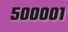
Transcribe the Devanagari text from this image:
५००००१